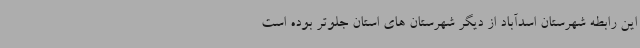
این رابطه شهرستان اسدآباد از دیگر شهرستان های استان جلوتر بوده است